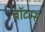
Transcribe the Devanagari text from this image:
बॉटम्स